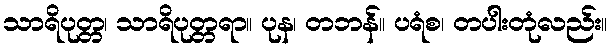
သာရိပုတ္တ၊ သာရိပုတ္တရာ။ ပုန၊ တဘန်။ ပရံစ၊ တပါးတုံလည်း။